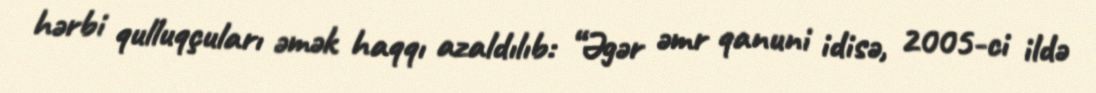
hərbi qulluqçuları əmək haqqı azaldılıb: “Əgər əmr qanuni idisə, 2005-ci ildə